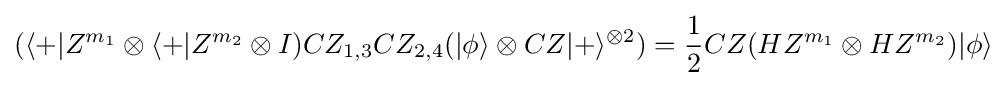
(\langle +|Z^{m_{1}}\otimes \langle +|Z^{m_{2}}\otimes I)CZ_{1,3}CZ_{2,4}(|\phi \rangle \otimes CZ|+\rangle ^{\otimes 2})={\frac {1}{2}}CZ(HZ^{m_{1}}\otimes HZ^{m_{2}})|\phi \rangle